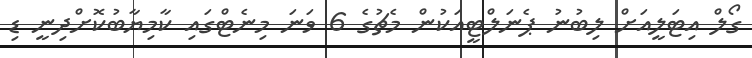
ގޯލް އިޓަލީއަށް ލިބުނު ޕެނަލްޓީއަކުން މެޗުގެ 6 ވަނަ މިނެޓްގައި ކާމިޔާބުކޮށްދިނީ ޑި